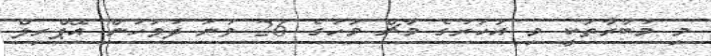
މި މުބާރާތަކީ މި އަހަރުގެ މާޗް މަހުގެ 26 ވަނަ ދުވަހުން އޭޕްރިލް